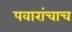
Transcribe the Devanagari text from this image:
पवारांचाच